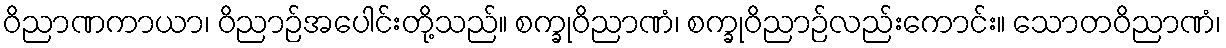
ဝိညာဏကာယာ၊ ဝိညာဉ်အပေါင်းတို့သည်။ စက္ခုဝိညာဏံ၊ စက္ခုဝိညာဉ်လည်းကောင်း။ သောတဝိညာဏံ၊